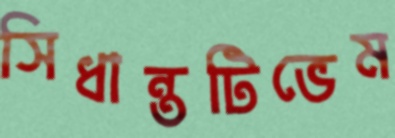
সিধান্তটিভেম